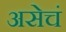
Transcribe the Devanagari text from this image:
असेचं